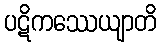
ပဋိကဿေယျာတိ